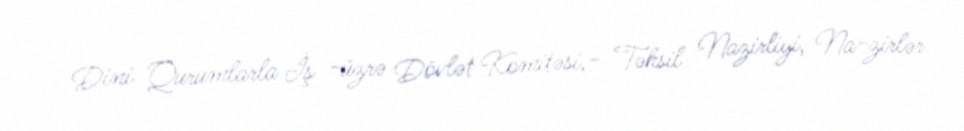
Dini Qurumlarla İş ­üzrə Dövlət Komitəsi,­ Təhsil Nazirliyi, Na­zirlər